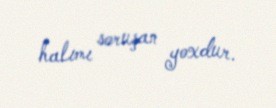
halımı soruşan yoxdur.